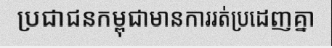
ប្រជាជនកម្ពុជាមានការរត់ប្រដេញគ្នា